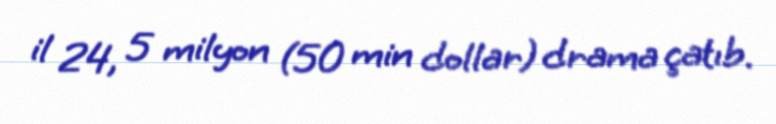
il 24, 5 milyon (50 min dollar) drama çatıb.